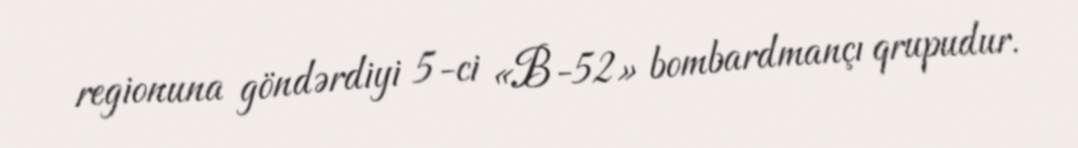
regionuna göndərdiyi 5-ci «B-52» bombardmançı qrupudur.